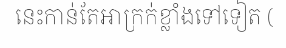
នេះកាន់តែអាក្រក់ខ្លាំងទៅទៀត (